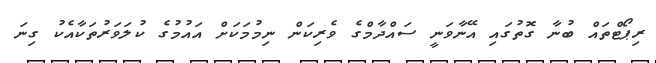
ރިޕޯޓްތައް ބުނާ ގޮތުގައި އޭނާވަނީ ސައްދާމްގެ ވެރިކަން ނިމުމަކަށް އައުމުގެ ކުލަވަރުތަކާއެކު ގިނަ